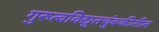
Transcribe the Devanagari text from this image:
गुरुत्वविद्युतचुंबकीतील